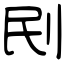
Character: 刡